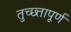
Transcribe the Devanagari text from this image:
तुच्छ्तापूर्ण